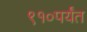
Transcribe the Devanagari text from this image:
९१०पर्यंत